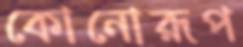
কোনোরূপ